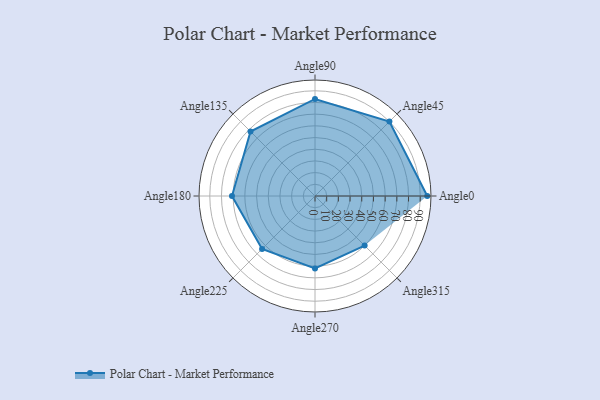
{"axis": {"x": "Angle", "y": "Radius"}, "legend": [""], "data": [{"x": "Angle0", "y": 96.0, "type": ""}, {"x": "Angle45", "y": 90.0, "type": ""}, {"x": "Angle90", "y": 83.0, "type": ""}, {"x": "Angle135", "y": 78.0, "type": ""}, {"x": "Angle180", "y": 71.0, "type": ""}, {"x": "Angle225", "y": 64.0, "type": ""}, {"x": "Angle270", "y": 62.0, "type": ""}, {"x": "Angle315", "y": 60.0, "type": ""}]}